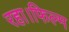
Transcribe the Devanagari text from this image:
रहा।फिल्म